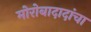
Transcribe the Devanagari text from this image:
मोरोबादादांचा